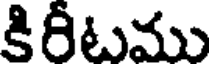
కిరీటము